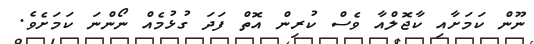
ނޫން ކަމަށާއި ކާޖޮލްއާ ވެސް ކުރިން އޮތް ފަދަ ގުޅުމެއް ނޯންނަ ކަމަށެވެ.